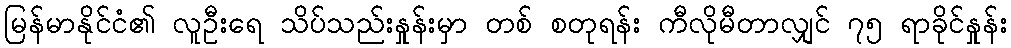
မြန်မာနိုင်ငံ၏ လူဦးရေ သိပ်သည်းနှုန်းမှာ တစ် စတုရန်း ကီလိုမီတာလျှင် ၇၅ ရာခိုင်နှုန်း